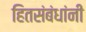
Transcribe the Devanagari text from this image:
हितसंबंधांनी